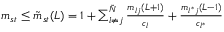
\begin{array} { r } { m _ { s t } \leq \tilde { m } _ { s t } ( L ) = 1 + \sum _ { l \neq j } ^ { \tilde { N } } \frac { m _ { l j } ( L + 1 ) } { c _ { l } } + \frac { m _ { l ^ { * } j } ( L - 1 ) } { c _ { l ^ { * } } } } \end{array}